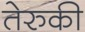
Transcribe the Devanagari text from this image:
तेरुकी